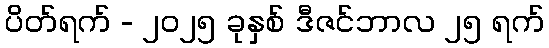
ပိတ်ရက် - ၂၀၂၅ ခုနှစ် ဒီဇင်ဘာလ ၂၅ ရက်